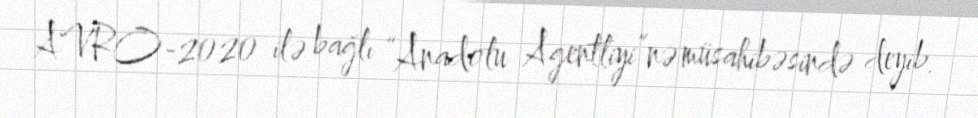
AVRO-2020 ilə bağlı “Anadolu Agentliyi”nə müsahibəsində deyib.